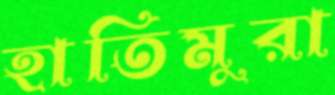
হাতিমুরা